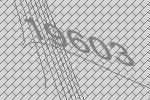
19603